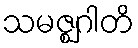
သမဇ္ဈဂါတိ